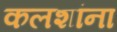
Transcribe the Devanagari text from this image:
कलशांना